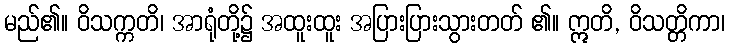
မည်၏။ ဝိသက္ကတိ၊ အာရုံတို့၌ အထူးထူး အပြားပြားသွားတတ် ၏။ ဣတိ, ဝိသတ္တိကာ၊